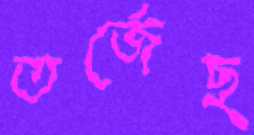
তর্জেছ